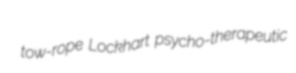
tow-rope Lockhart psycho-therapeutic